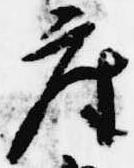
座